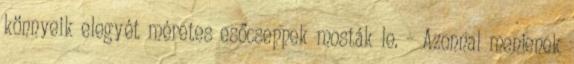
könnyeik elegyét méretes esőcseppek mosták le. – Azonnal menjenek